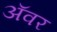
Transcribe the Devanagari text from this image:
अॅवर